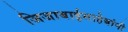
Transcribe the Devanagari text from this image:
जिजाबाईसाहेबांनी